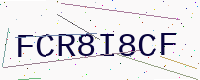
Text: FCR8I8CF